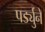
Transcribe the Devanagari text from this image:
पर्ड्युने